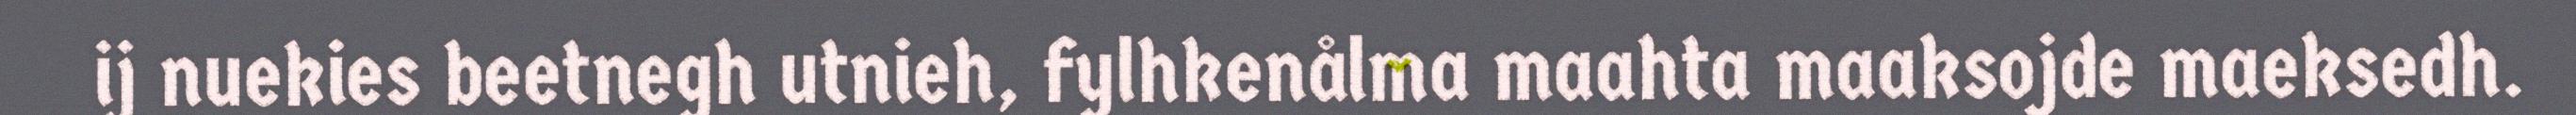
ij nuekies beetnegh utnieh, fylhkenålma maahta maaksojde maeksedh.